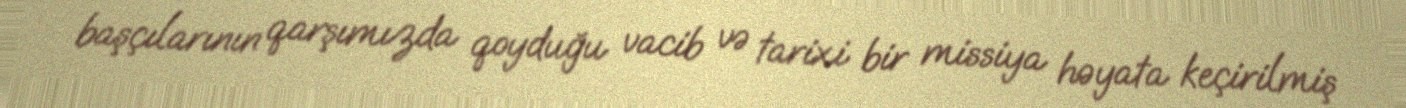
başçılarının qarşımızda qoyduğu vacib və tarixi bir missiya həyata keçirilmiş